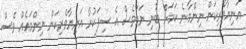
އަނިޔާވެރިކަން ނިންމާނެ ކަމަށް ބުނި ނަމަވެސް އެ ސިފަކުރާ އަނިޔާވެރިކަން ނިންމައެއް ވެސް